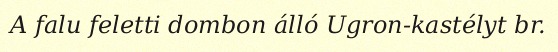
A falu feletti dombon álló Ugron-kastélyt br.